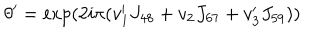
LaTeX: \theta ^ { \prime } = \exp ( 2 i \pi ( v _ { 1 } ^ { \prime } J _ { 4 8 } + v _ { 2 } J _ { 6 7 } + v _ { 3 } ^ { \prime } J _ { 5 9 } ) )